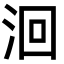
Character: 洄